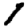
Digit: 1